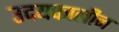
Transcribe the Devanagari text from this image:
उदयकालीन